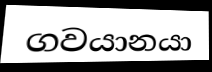
ගවයානයා